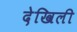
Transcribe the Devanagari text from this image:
देखिली